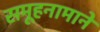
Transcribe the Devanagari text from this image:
समूहनामाने